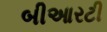
બીઆરટી